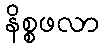
နိစ္စဖလာ